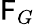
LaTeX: \mathsf{F}_{G}